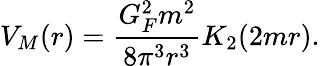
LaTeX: V_{M}(r)=\frac{G_{F}^{2}m^{2}}{8\pi^{3}r^{3}}K_{2}(2mr).